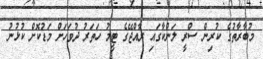
މުބާރާތުގެ ކުރިން ސްރީ ލަންކާގައި ރާއްޖޭގެ ޓީމު ހަތަރު ދުވަހަށް މަޑުކޮށް ކުޅުނު